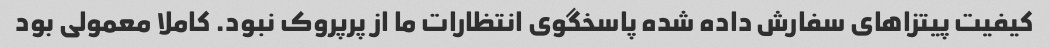
کیفیت پیتزاهای سفارش داده شده پاسخگوی انتظارات ما از پرپروک نبود. کاملا معمولی بود